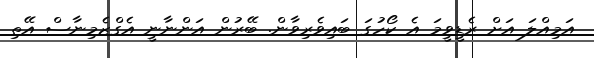
އަމިއްލަ އަށް ރެޑީވީމަ އެ ކޯހުގަ ބައިވެރިވާން. ބޭރުން އަންނާނީ އެގްޒެމިނާސް އޭތި